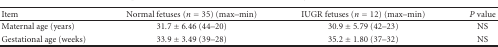
<table><thead><tr><td><b>Item</b></td><td><b>Normal fetuses (<i>n</i> = 35) (max–min)</b></td><td><b>IUGR fetuses (<i>n</i> = 12) (max–min)</b></td><td><b><i>P</i> value</b></td></tr></thead><tbody><tr><td>Maternal age (years)</td><td>31.7 ± 6.46 (44–20)</td><td>30.9 ± 5.79 (42–23)</td><td>NS</td></tr><tr><td>Gestational age (weeks)</td><td>33.9 ± 3.49 (39–28)</td><td>35.2 ± 1.80 (37–32)</td><td>NS</td></tr></tbody></table>